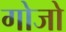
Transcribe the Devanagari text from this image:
गोजो